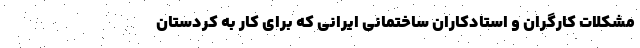
مشکلات کارگران و استادکاران ساختمانی ایرانی که برای کار به کردستان